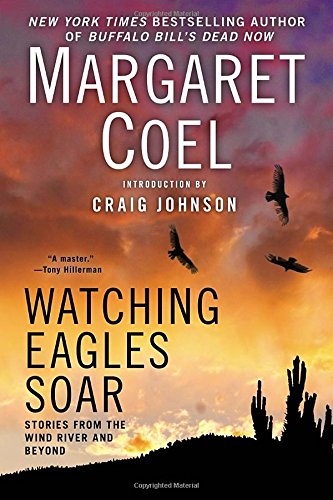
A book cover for Watching Eagles Soar; Margaret Coel; Mystery, Thriller & Suspense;